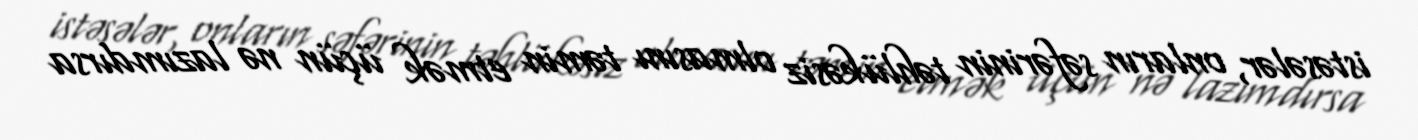
istəsələr, onların səfərinin təhlükəsiz olmasını təmin etmək üçün nə lazımdırsa